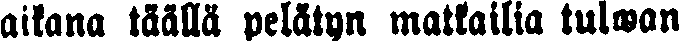
aikana täällä pelätyn matkailla tulwan